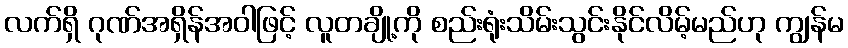
လက်ရှိ ဂုဏ်အရှိန်အဝါဖြင့် လူတချို့ကို စည်းရုံးသိမ်းသွင်းနိုင်လိမ့်မည်ဟု ကျွန်မ